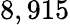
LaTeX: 8,915